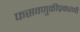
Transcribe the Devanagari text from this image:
फसवणुकीप्रकरणी